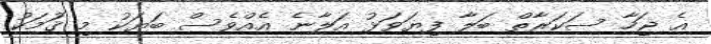
އެ ޖަހާ ސަކަރާތް ބަލާ ފިޔަވަޅު އަލާނެ އެއްވެސް ބަޔަކު މި ޤަުމަކު